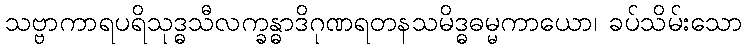
သဗ္ဗာကာရပရိသုဒ္ဓသီလက္ခန္ဓာဒိဂုဏရတနသမိဒ္ဓဓမ္မကာယော၊ ခပ်သိမ်းသော